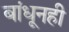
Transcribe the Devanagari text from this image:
बांधूनही